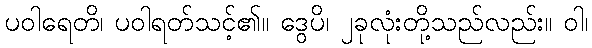
ပဝါရေတိ၊ ပဝါရတ်သင့်၏။ ဒွေပိ၊ ၂ခုလုံးတို့သည်လည်း။ ဝါ၊